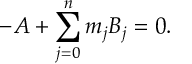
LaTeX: - A + \sum _ { j = 0 } ^ { n } m _ { j } B _ { j } = 0 .